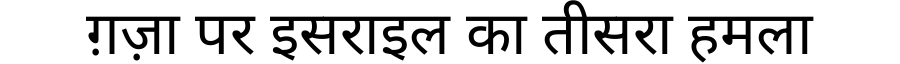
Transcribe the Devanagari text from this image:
ग़ज़ा पर इसराइल का तीसरा हमला